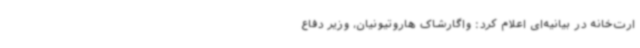
ارت‌خانه در بیانیه‌ای اعلام کرد:‌ واگارشاک هاروتیونیان، وزیر دفاع